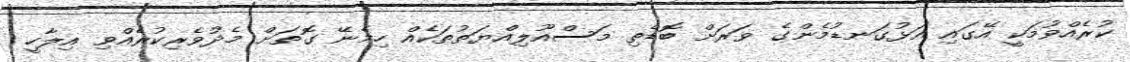
ކުރެއްވުމަކީ އޭގައި އަޅުގަނޑުމެންގެ ވަރަށް ބޮޑެތި މަސްއޫލިއްޔަތުތަކެއް ހިމެނޭ ގޮތަށް މެދުވެރިކުރެއްވި އިލާހީ